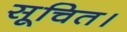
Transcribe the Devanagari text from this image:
सूचित।